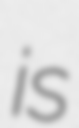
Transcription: is